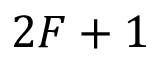
2 F + 1